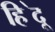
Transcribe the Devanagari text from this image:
हि॓दू